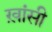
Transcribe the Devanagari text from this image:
ख़ांसी